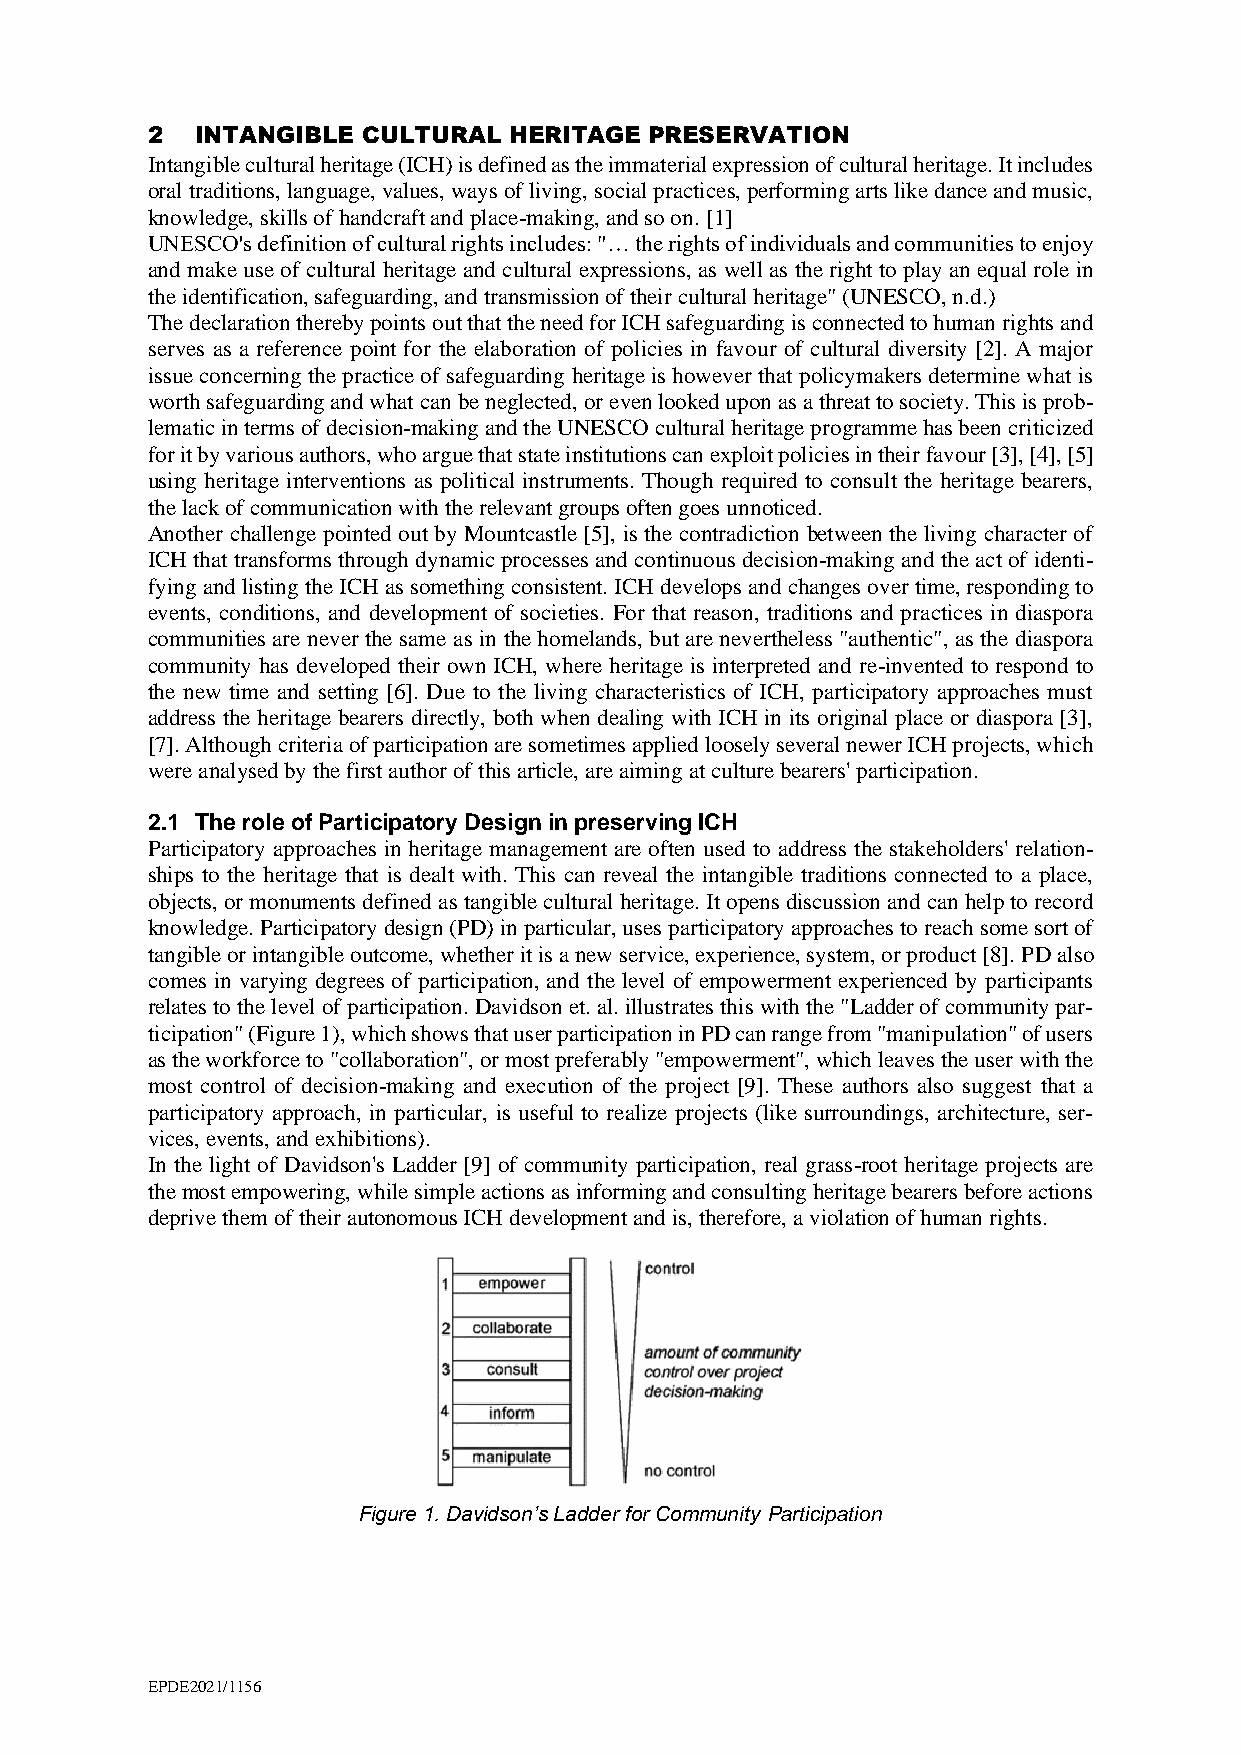
2  INTANGIBLE CULTURAL  HERITAGE PRESERVATION
 Intangible cultural heritage (ICH) is defined as the immaterial expression of cultural heritage. It includes
 oral traditions, language, values, ways of living, social practices, performing arts like dance and music,
 knowledge, skills of handcraft and place-making, and so on. [1]
 UNESCO's definition of cultural rights includes: "… the rights of individuals and communities to enjoy
 and make use of cultural heritage and cultural expressions, as well as the right to play an equal role in
 the identification, safeguarding, and transmission of their cultural heritage" (UNESCO, n.d.)
 The declaration thereby points out that the need for ICH safeguarding is connected to human rights and
 serves as a reference point for the elaboration of policies in favour of cultural diversity [2]. A major
 issue concerning the practice of safeguarding heritage is however that policymakers determine what is
 worth safeguarding and what can be neglected, or even looked upon as a threat to society. This is prob-
 lematic in terms of decision-making and the UNESCO cultural heritage programme has been criticized
 for it by various authors, who argue that state institutions can exploit policies in their favour [3], [4], [5]
 using heritage interventions as political instruments. Though required to consult the heritage bearers,
 the lack of communication with the relevant groups often goes unnoticed.
 Another challenge pointed out by Mountcastle [5], is the contradiction between the living character of
 ICH that transforms through dynamic processes and continuous decision-making and the act of identi-
 fying and listing the ICH as something consistent. ICH develops and changes over time, responding to
 events, conditions, and development of societies. For that reason, traditions and practices in diaspora
 communities are never the same as in the homelands, but are nevertheless "authentic", as the diaspora
 community has developed their own ICH, where heritage is interpreted and re-invented to respond to
 the new time and setting [6]. Due to the living characteristics of ICH, participatory approaches must
 address the heritage bearers directly, both when dealing with ICH in its original place or diaspora [3],
 [7]. Although criteria of participation are sometimes applied loosely several newer ICH projects, which
 were analysed by the first author of this article, are aiming at culture bearers' participation.
 2.1 The role of Participatory Design in preserving ICH
 Participatory approaches in heritage management are often used to address the stakeholders' relation-
 ships to the heritage that is dealt with. This can reveal the intangible traditions connected to a place,
 objects, or monuments defined as tangible cultural heritage. It opens discussion and can help to record
 knowledge. Participatory design (PD) in particular, uses participatory approaches to reach some sort of
 tangible or intangible outcome, whether it is a new service, experience, system, or product [8]. PD also
 comes in varying degrees of participation, and the level of empowerment experienced by participants
 relates to the level of participation. Davidson et. al. illustrates this with the "Ladder of community par-
 ticipation" (Figure 1), which shows that user participation in PD can range from "manipulation" of users
 as the workforce to "collaboration", or most preferably "empowerment", which leaves the user with the
 most control of decision-making and execution of the project [9]. These authors also suggest that a
 participatory approach, in particular, is useful to realize projects (like surroundings, architecture, ser-
 vices, events, and exhibitions).
 In the light of Davidson's Ladder [9] of community participation, real grass-root heritage projects are
 the most empowering, while simple actions as informing and consulting heritage bearers before actions
 deprive them of their autonomous ICH development and is, therefore, a violation of human rights.
 Figure 1. Davidson’s Ladder for Community Participation
 EPDE2021/1156